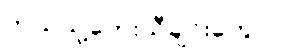
ဘယ်သူ့တေးသီချင်းတွေလဲ။